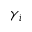
\gamma _ { i }